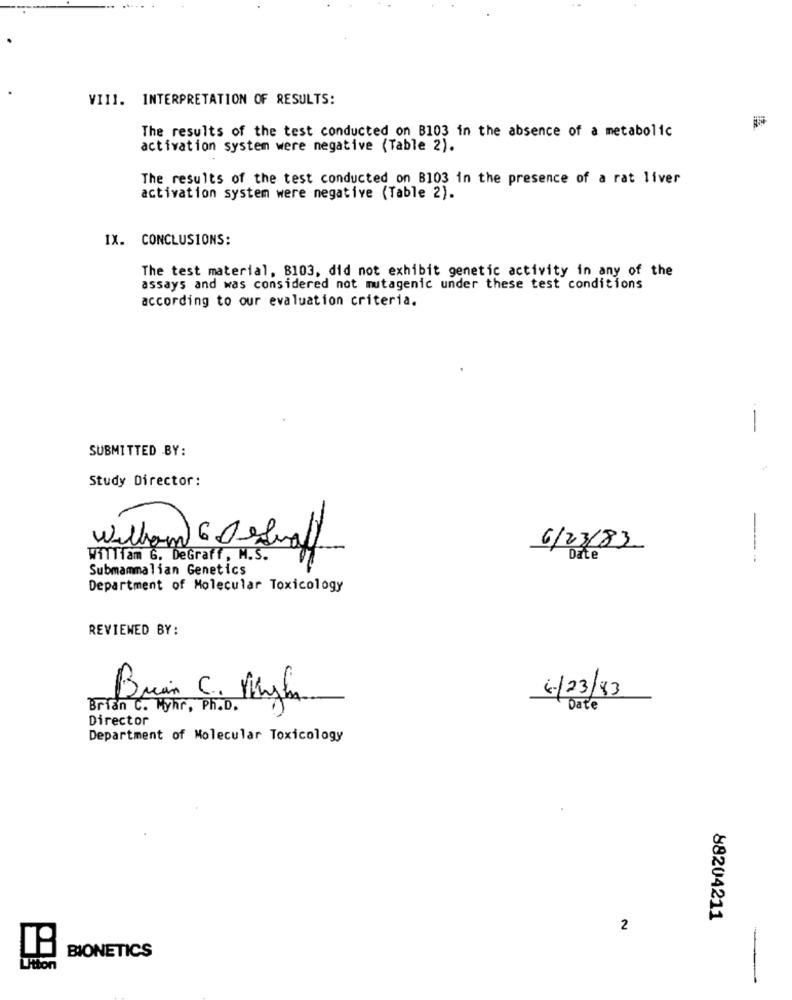
VIII. INTERPRETATION OF RESULTS:
The results of the test conducted on B103 in the absence of a metabolic
activation system were negative (Table 2).
The results of the test conducted on B103 in the presence of a rat liver
activation system were negative (Table 2).
IX. CONCLUSIONS:
The test material, 8103, did not exhibit genetic activity in any of the
assays and was considered not mutagenic under these test conditions
according to our evaluation criteria.
--
SUBMITTED BY:
Study Director:
William 6Destraf
6/23/83
William G. DeGraff, M.S.
Date
----
Submammalian Genetics
Department of Molecular Toxicology
REVIEWED BY:
6/23/83
Brian C. Myhr, Ph.D.
Bruin C. Myh
Date
Director
Department of Molecular Toxicology
88204211
2
BIONETICS
Litton